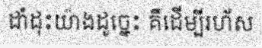
ដាំដុះយ៉ាងដូច្នេះ គឺដើម្បីរហ័ស